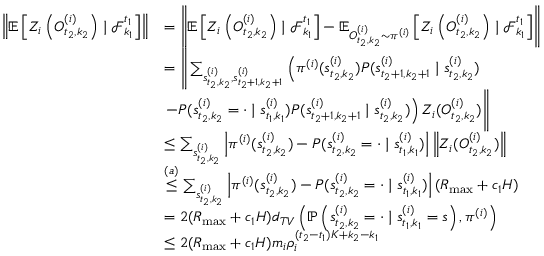
\begin{array} { r l } { \left\| \mathbb { E } \left[ Z _ { i } \left( O _ { t _ { 2 } , k _ { 2 } } ^ { ( i ) } \right) \mid \mathcal { F } _ { k _ { 1 } } ^ { t _ { 1 } } \right] \right\| } & { = \left\| \mathbb { E } \left[ Z _ { i } \left( O _ { t _ { 2 } , k _ { 2 } } ^ { ( i ) } \right) \mid \mathcal { F } _ { k _ { 1 } } ^ { t _ { 1 } } \right] - \mathbb { E } _ { O _ { t _ { 2 } , k _ { 2 } } ^ { ( i ) } \sim \pi ^ { ( i ) } } \left[ Z _ { i } \left( O _ { t _ { 2 } , k _ { 2 } } ^ { ( i ) } \right) \mid \mathcal { F } _ { k _ { 1 } } ^ { t _ { 1 } } \right] \right\| } \\ & { = \Bigg \lVert \sum _ { s _ { t _ { 2 } , k _ { 2 } } ^ { ( i ) } , s _ { t _ { 2 } + 1 , k _ { 2 } + 1 } ^ { ( i ) } } \left( \pi ^ { ( i ) } ( s _ { t _ { 2 } , k _ { 2 } } ^ { ( i ) } ) P ( s _ { t _ { 2 } + 1 , k _ { 2 } + 1 } ^ { ( i ) } \mid s _ { t _ { 2 } , k _ { 2 } } ^ { ( i ) } ) \right. } \\ & { \left. - P ( s _ { t _ { 2 } , k _ { 2 } } ^ { ( i ) } = \cdot \mid s _ { t _ { 1 } , k _ { 1 } } ^ { ( i ) } ) P ( s _ { t _ { 2 } + 1 , k _ { 2 } + 1 } ^ { ( i ) } \mid s _ { t _ { 2 } , k _ { 2 } } ^ { ( i ) } ) \right) Z _ { i } ( O _ { t _ { 2 } , k _ { 2 } } ^ { ( i ) } ) \Bigg \rVert } \\ & { \leq \sum _ { s _ { t _ { 2 } , k _ { 2 } } ^ { ( i ) } } \left| \pi ^ { ( i ) } ( s _ { t _ { 2 } , k _ { 2 } } ^ { ( i ) } ) - P ( s _ { t _ { 2 } , k _ { 2 } } ^ { ( i ) } = \cdot \mid s _ { t _ { 1 } , k _ { 1 } } ^ { ( i ) } ) \right| \left\| Z _ { i } ( O _ { t _ { 2 } , k _ { 2 } } ^ { ( i ) } ) \right\| } \\ & { \stackrel { ( a ) } { \leq } \sum _ { s _ { t _ { 2 } , k _ { 2 } } ^ { ( i ) } } \left| \pi ^ { ( i ) } ( s _ { t _ { 2 } , k _ { 2 } } ^ { ( i ) } ) - P ( s _ { t _ { 2 } , k _ { 2 } } ^ { ( i ) } = \cdot \mid s _ { t _ { 1 } , k _ { 1 } } ^ { ( i ) } ) \right| ( R _ { \operatorname* { m a x } } + c _ { 1 } H ) } \\ & { = 2 ( R _ { \operatorname* { m a x } } + c _ { 1 } H ) d _ { T V } \left( \mathbb { P } \left( s _ { t _ { 2 } , k _ { 2 } } ^ { ( i ) } = \cdot \mid s _ { t _ { 1 } , k _ { 1 } } ^ { ( i ) } = s \right) , \pi ^ { ( i ) } \right) } \\ & { \le 2 ( R _ { \operatorname* { m a x } } + c _ { 1 } H ) m _ { i } \rho _ { i } ^ { ( t _ { 2 } - t _ { 1 } ) K + k _ { 2 } - k _ { 1 } } } \end{array}